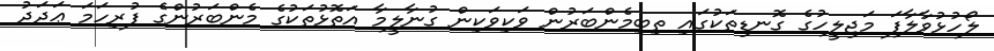
ލޯހުޅުވާލާފަ މަޖިލީހުގެ ގޮނޑިތަކުގައި ތިބިމެންބަރުން ވަކިވަކިން ގުނާލީމާ އަތޮޅުތަކުގެ މެންބަރުންގެ ފުރިހަމަ ޢަދަދު